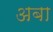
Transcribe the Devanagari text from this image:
अबा